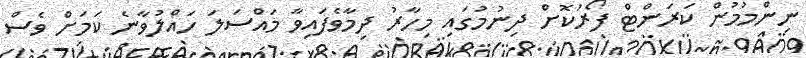
ނިންމުމުން ކަރަންޓް ފޯރުކޮށް ދިނުމުގައި މިހާރު ދިމާވެފައިވާ މައްސަލަ ހައްލުވާނެ ކަމަށް ވެސް